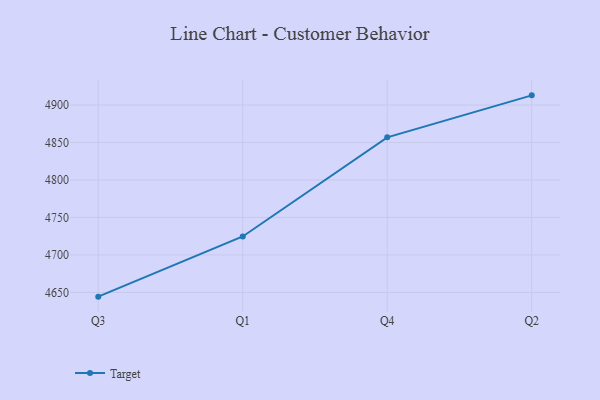
{"axis": {"x": "Quarter", "y": "Waste Production (Tons)"}, "legend": ["Target"], "data": [{"x": "Q3", "y": 4644.3, "type": "Target"}, {"x": "Q1", "y": 4724.6, "type": "Target"}, {"x": "Q4", "y": 4856.9, "type": "Target"}, {"x": "Q2", "y": 4912.9, "type": "Target"}]}